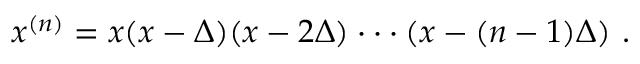
x ^ { ( n ) } = x ( x - \Delta ) ( x - 2 \Delta ) \cdot \cdot \cdot ( x - ( n - 1 ) \Delta ) \ .